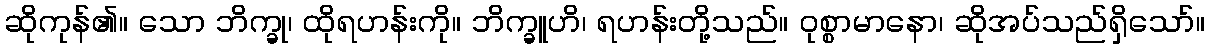
ဆိုကုန်၏။ သော ဘိက္ခု၊ ထိုရဟန်းကို။ ဘိက္ခူဟိ၊ ရဟန်းတို့သည်။ ဝုစ္စာမာနော၊ ဆိုအပ်သည်ရှိသော်။